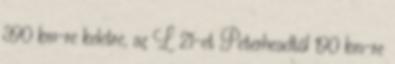
390 km-re keletre, az L 21-et Peterheadtől 190 km-re